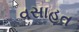
વસાહત